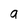
Character: a